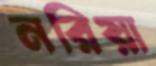
নরিয়া